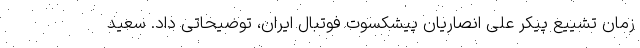
زمان تشییع پیکر علی انصاریان پیشکسوت فوتبال ایران، توضیحاتی داد. سعید